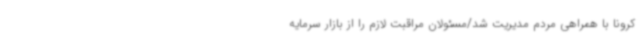
کرونا با همراهی مردم مدیریت شد/مسئولان مراقبت لازم را از بازار سرمایه